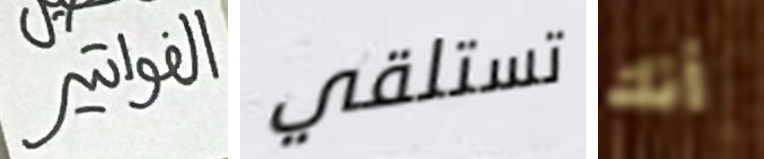
الفواتير تستلقي أنك